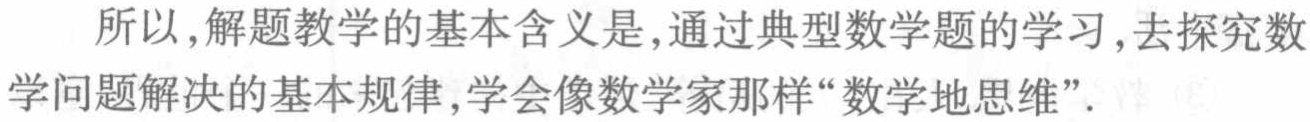
所以，解题教学的基本含义是，通过典型数学题的学习，去探究数学问题解决的基本规律，学会像数学家那样“数学地思维”.